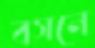
বসনে